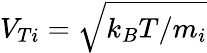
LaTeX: V_{Ti}=\sqrt{k_{B}T/m_{i}}